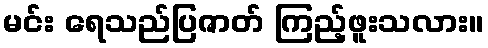
မင်း ရေသည်ပြဇာတ် ကြည့်ဖူးသလား။